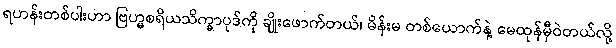
ရဟန်းတစ်ပါးဟာ ဗြဟ္မစရိယသိက္ခာပုဒ်ကို ချိုးဖောက်တယ်၊ မိန်းမ တစ်ယောက်နဲ့ မေထုန်မှီဝဲတယ်လို့